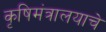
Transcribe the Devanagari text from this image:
कृषिमंत्रालयाचे